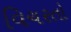
વિચરતો